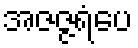
အဇဇ္ဇရံပေ